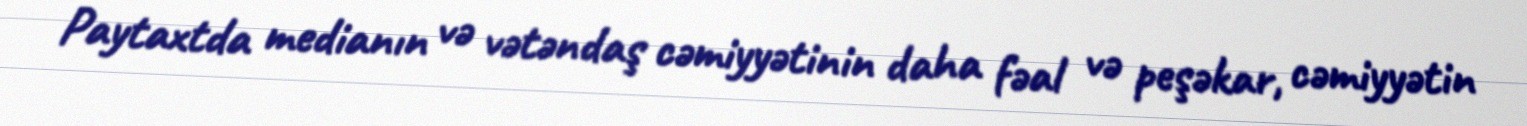
Paytaxtda medianın və vətəndaş cəmiyyətinin daha fəal və peşəkar, cəmiyyətin